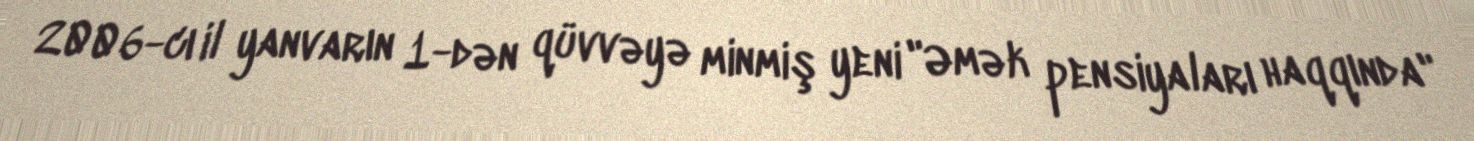
2006-cı il yanvarın 1-dən qüvvəyə minmiş yeni "Əmək pensiyaları haqqında"